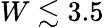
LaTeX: W\lesssim 3.5